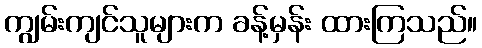
ကျွမ်းကျင်သူများက ခန့်မှန်း ထားကြသည်။